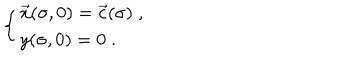
LaTeX: \left\{ \begin{array} { l } { { \vec { x } ( \sigma , 0 ) = \vec { c } ( \sigma ) \; , } } \\ { { y ( \sigma , 0 ) = 0 \; . } } \\ \end{array} \right.